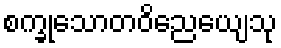
စက္ခုသောတဝိညေယျေသု